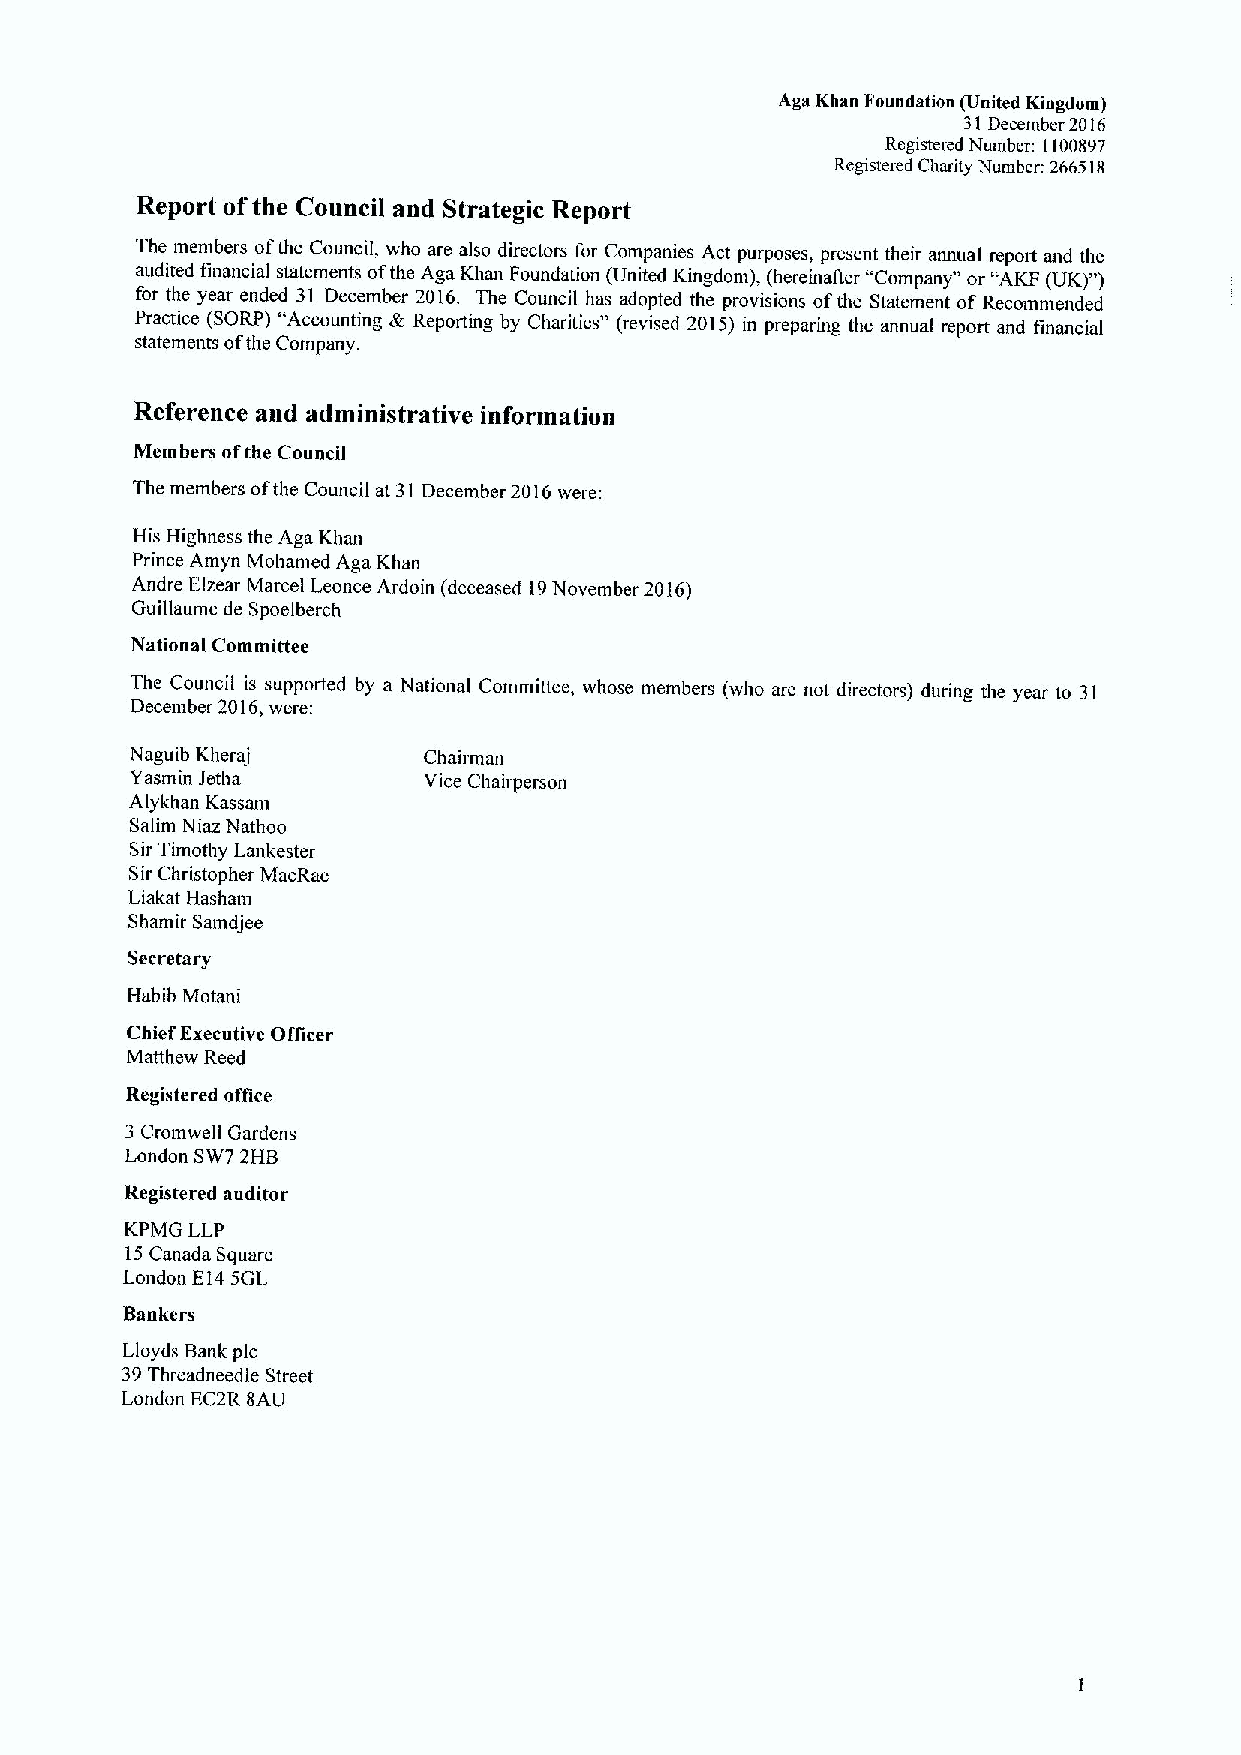
Aga Khan Foundation (United Kingdom)
 31December 2016
 Registered Number: 1100897
 Registered Chanty Number: 266518
 Report ofthe Council and Strategic Report
 The members ofthe Council, who are also directors for Companies Act purposes, present their annual report and the
 audited financial statements ofthe Aga Khan Foundation (United Kingdom), (hereinafter "Company" or "AKF(UK)*')
 for the year ended 31 December 2016. The Council has adopted the provisions ofthe Statement of Recommended
 Practice (SORP) "Accounting & Reporting by Charities" (revised 20)5) in preparing the annual report and financial
 statements ofthe Company.
 Reference and administrative information
 Members ofthe Council
 The members ofthe Council at 31 December 2016were:
 His Highness the Aga Khan
 Prince Amyn Mohamed Aga Khan
 Andre Elzear Marcel Leonce Ardoin (deceased 19November 2016)
 Guillaume de Spoelberch
 National Committee
 The Council is supported by a National Committee, whose members (who are not directors) during the year to 31
 December 2016,were:
 Naguib Kheraj      Chairman
 Yasmin Jetha       Vice Chairperson
 Alykhan Kassam
 Salim Niaz Nathoo
 SirTimothy Lankester
 Sir Christopher MacRae
 Liakat Hasham
 Shamir Samdjee
 Secretary
 Habib Motani
 Chief Executive Officer
 Matthew Reed
 Registered office
 3 Cromwell Gardens
 London SW7 2HB
 Registered auditor
 KPMG LLP
 15Canada Square
 London E14SGL
 Bankers
 Lloyds Bank pic
 39Threadneedle Street
 London EC2R 8AU